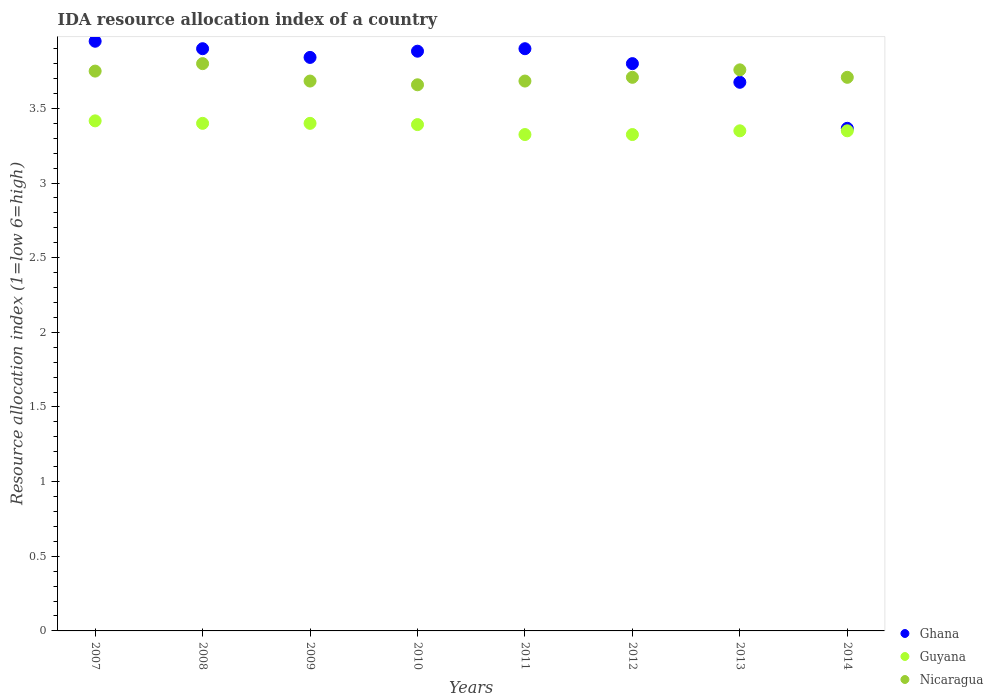
| Years | Ghana | Guyana | Nicaragua |
 | --- | --- | --- | --- |
 | 2007 | 3.95 | 3.42 | 3.75 |
 | 2008 | 3.9 | 3.4 | 3.8 |
 | 2009 | 3.84 | 3.4 | 3.68 |
 | 2010 | 3.88 | 3.39 | 3.66 |
 | 2011 | 3.9 | 3.33 | 3.68 |
 | 2012 | 3.8 | 3.33 | 3.71 |
 | 2013 | 3.67 | 3.35 | 3.76 |
 | 2014 | 3.37 | 3.35 | 3.71 |